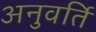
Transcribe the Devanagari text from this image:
अनुवर्ति